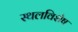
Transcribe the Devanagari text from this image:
स्थलविशेष